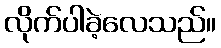
လိုက်ပါခဲ့လေသည်။